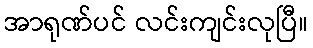
အာရုဏ်ပင် လင်းကျင်းလုပြီ။